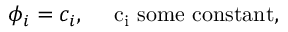
\phi _ { i } = c _ { i } , \quad \mathrm { ~ c _ { i } ~ s o m e ~ c o n s t a n t } ,